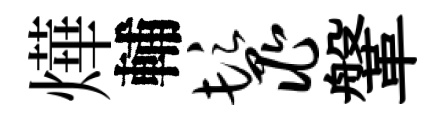
燁輔鬣鞶